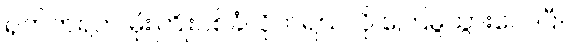
ရုတ်တရက် မိုးကြိုးပစ်ခံလိုက်ရသလို ကြေမွသွားလေပြီ။